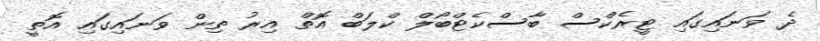
ދެ ވަނައިގައި ޓީރެކްސް ބާސްކެޓްބޯލް ކްލަބް އޮތް އިރު ތިން ވަނައިގައި އޮތީ